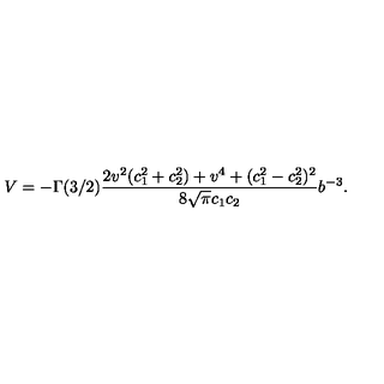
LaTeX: V = - \Gamma ( 3 / 2 ) \frac { 2 v ^ { 2 } ( c _ { 1 } ^ { 2 } + c _ { 2 } ^ { 2 } ) + v ^ { 4 } + ( c _ { 1 } ^ { 2 } - c _ { 2 } ^ { 2 } ) ^ { 2 } } { 8 \sqrt { \pi } c _ { 1 } c _ { 2 } } b ^ { - 3 } .